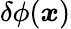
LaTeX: \delta\phi({\boldsymbol{x}})